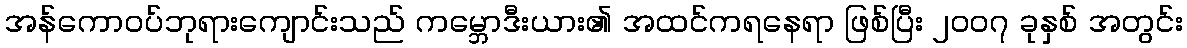
အန်ကောဝပ်ဘုရားကျောင်းသည် ကမ္ဘောဒီးယား၏ အထင်ကရနေရာ ဖြစ်ပြီး ၂၀၀၇ ခုနှစ် အတွင်း